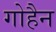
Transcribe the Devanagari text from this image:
गोहैन